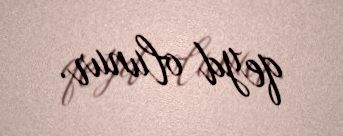
qeyd olunur.